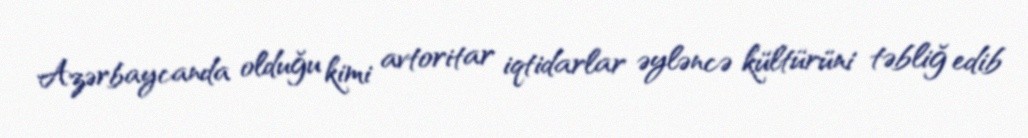
Azərbaycanda olduğu kimi avtoritar iqtidarlar əyləncə kültürüni təbliğ edib